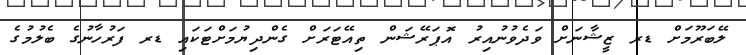
ލޭބަރޫމަށް ޑރ ޒީޝާނަށް ވަދެވުނުއިރު އޮޕަރޭޝަން ތިއޭޓަރަށް ގެންދިޔުމަށްޓަކައި ޑރ ފަރުހާނުގެ ބެލުމުގެ